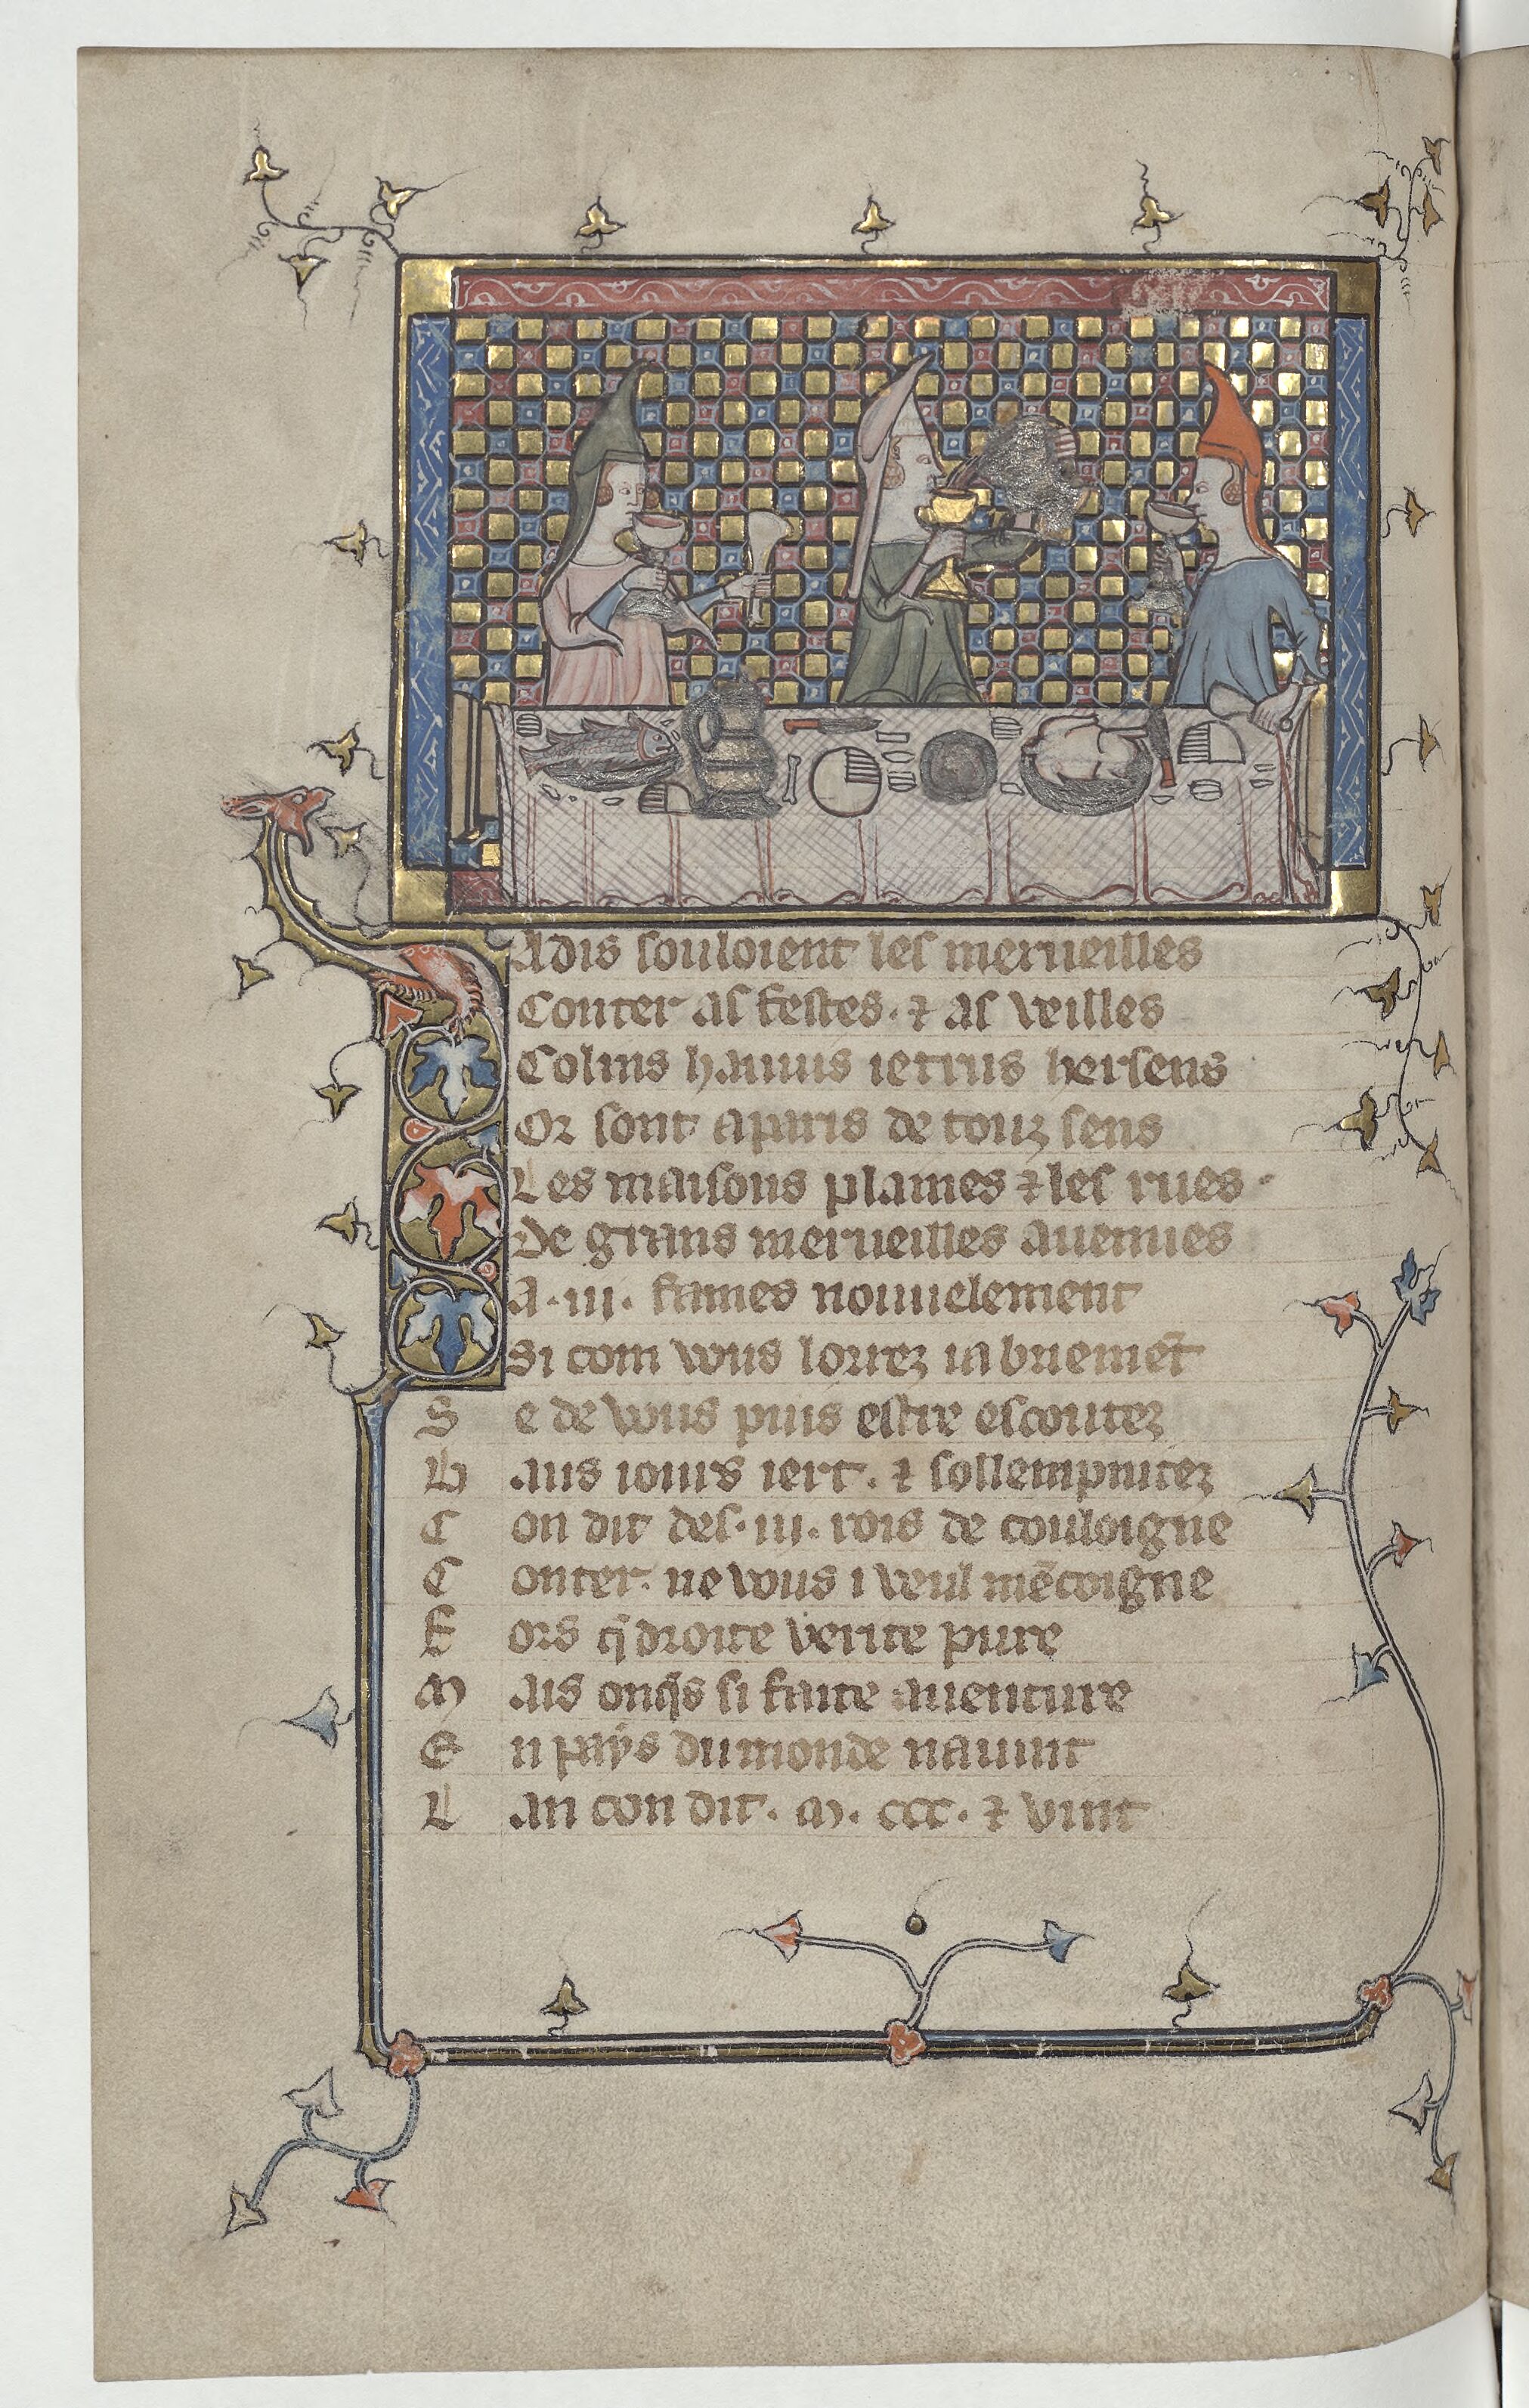
Shelfmark: Paris, BnF, Arsenal ms. 3525
Century: 14